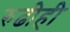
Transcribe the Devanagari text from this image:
रुढीही